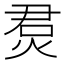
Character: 𤉅